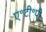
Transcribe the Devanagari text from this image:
ए॰टी॰पी